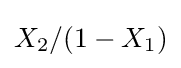
X_{2}/(1-X_{1})